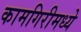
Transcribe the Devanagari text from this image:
कामगिरीमध्ये